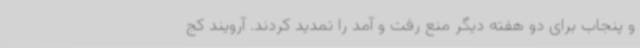
و پنجاب برای دو هفته دیگر منع رفت و آمد را تمدید کردند. آرویند کج